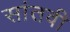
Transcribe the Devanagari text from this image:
सांतवी